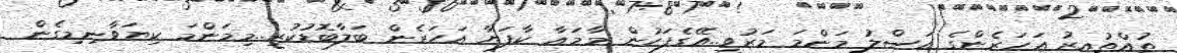
ތުއްތުއިރު އަހަރެންގެ އަސްލު މަންމަ މަރުވީ..އޭގެފަހުން މާމައާ ކާފަޔާ އަހަރެން ބަލާބޮޑުކުރީ..މިމަންމަ ކިޔަވާނިމިގެން